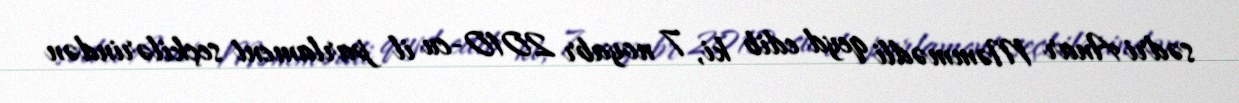
sədri Anar Məmmədli qeyd edib ki, 7 noyabr 2010-cu il parlament seçkilərindən